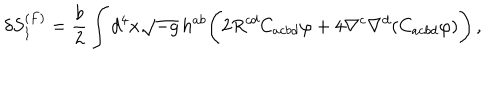
\delta S _ { 1 } ^ { ( F ) } = \frac { b } { 2 } \int d ^ { 4 } x \sqrt { - g } \, h ^ { a b } \Biggl ( 2 R ^ { c d } C _ { a c b d } \varphi + 4 \nabla ^ { c } \nabla ^ { d } ( C _ { a c b d } \varphi ) \Biggr ) \, ,